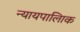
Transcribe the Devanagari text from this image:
न्यायपालिाक